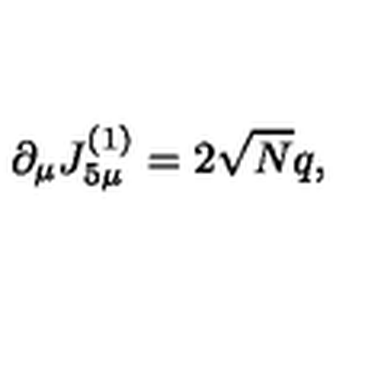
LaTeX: \partial _ { \mu } J _ { 5 \mu } ^ { ( 1 ) } = 2 \sqrt { N } q ,